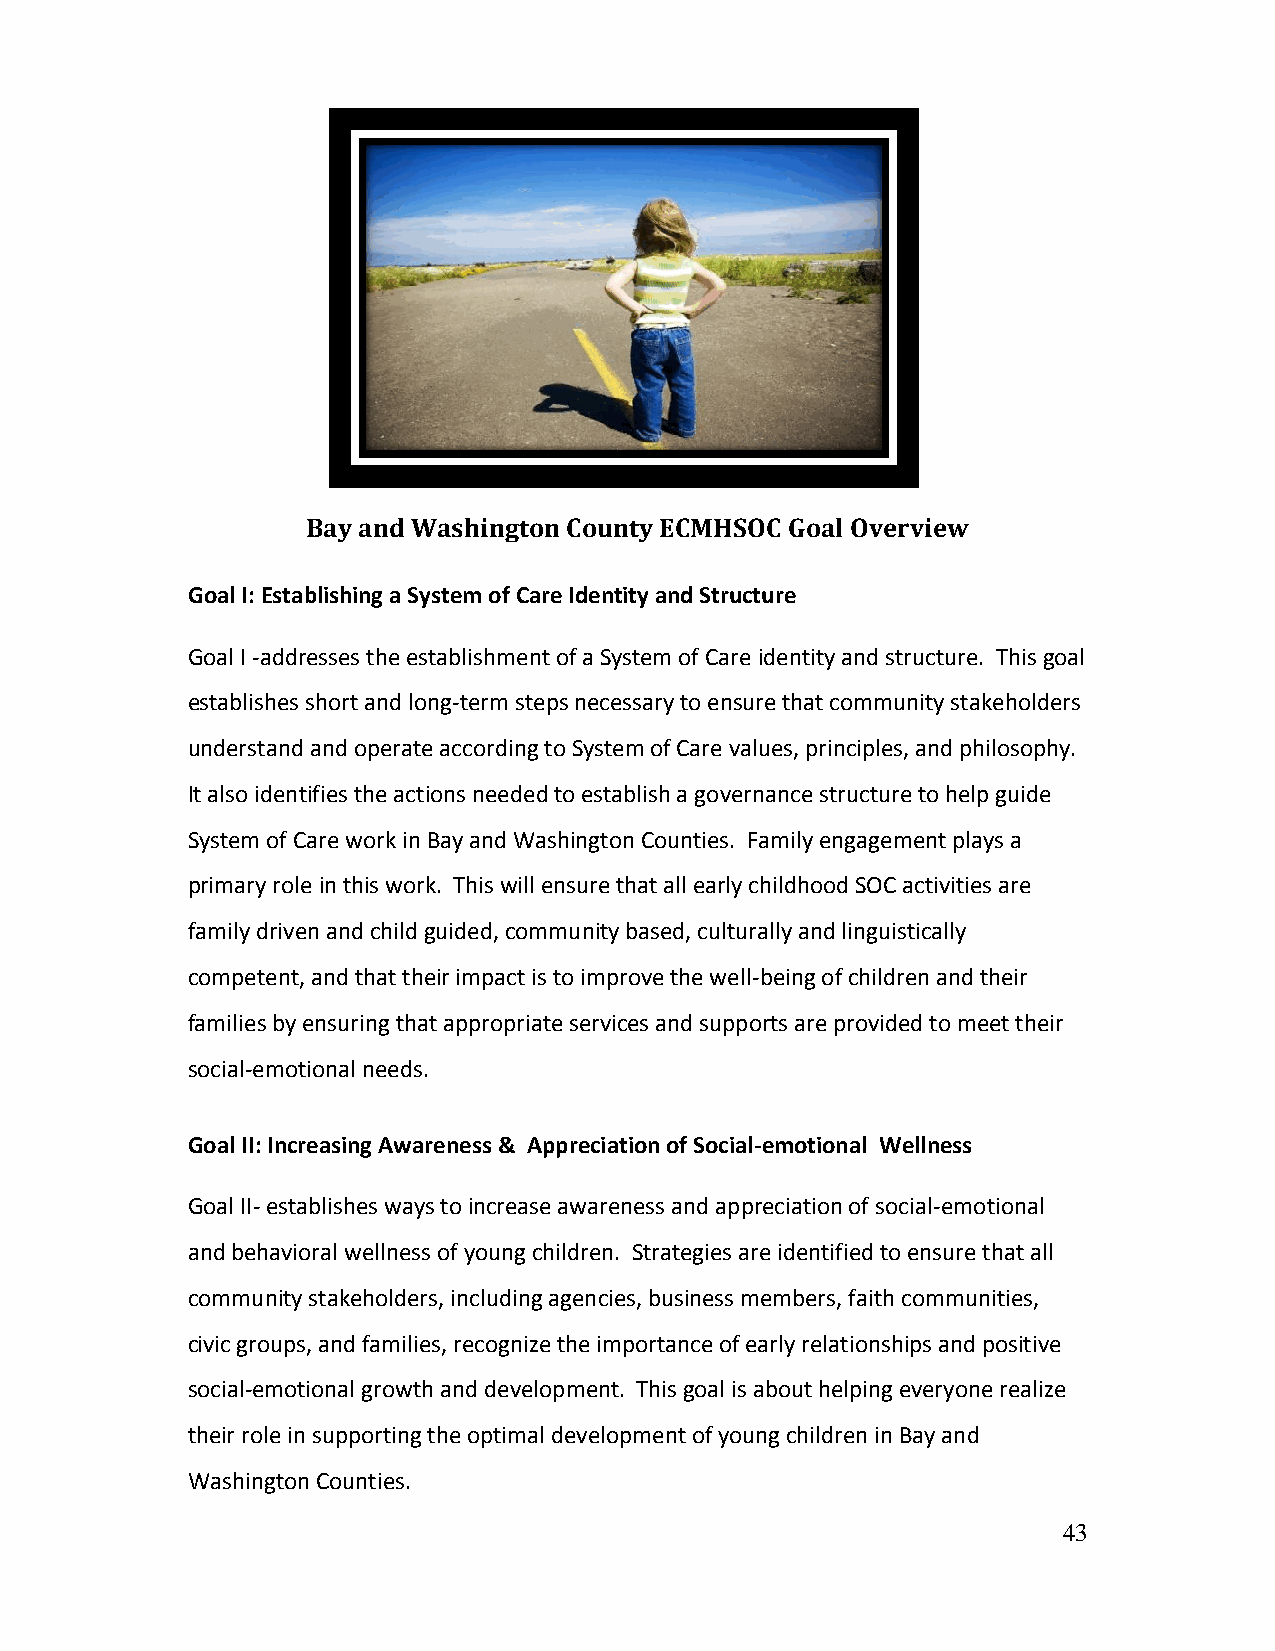
Bay and Washington County ECMHSOC Goal Overview
 Goal I: Establishing a System of Care Identity and Structure
 Goal I -addresses the establishment of a System of Care identity and structure. This goal
 establishes short and long-term steps necessary to ensure that community stakeholders
 understand and operate according to System of Care values, principles, and philosophy.
 It also identifies the actions needed to establish a governance structure to help guide
 System of Care work in Bay and Washington Counties. Family engagement plays a
 primary role in this work. This will ensure that all early childhood SOC activities are
 family driven and child guided, community based, culturally and linguistically
 competent, and that their impact is to improve the well-being of children and their
 families by ensuring that appropriate services and supports are provided to meet their
 social-emotional needs.
 Goal II: Increasing Awareness & Appreciation of Social-emotional Wellness
 Goal II- establishes ways to increase awareness and appreciation of social-emotional
 and behavioral wellness of young children. Strategies are identified to ensure that all
 community stakeholders, including agencies, business members, faith communities,
 civic groups, and families, recognize the importance of early relationships and positive
 social-emotional growth and development. This goal is about helping everyone realize
 their role in supporting the optimal development of young children in Bay and
 Washington Counties.
 43